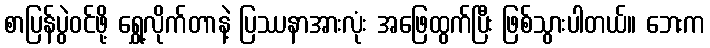
စာပြန်ပွဲဝင်ဖို့ ရွှေ့လိုက်တာနဲ့ ပြဿနာအားလုံး အဖြေထွက်ပြီး ဖြစ်သွားပါတယ်။ ဘေးက